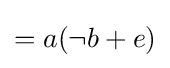
{\textstyle =a(\neg b+e)}